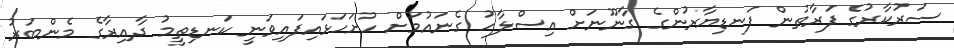
ސަރުކާރުގެ ފަރާތުން ފަނޑިޔާރުންގެ ގާނޫނަށް އިސްލާހު ގެނައުމަށް ހުށަހަޅައިފައިވަނީ ކަނޑިތީމު ދާއިރާގެ މެންބަރު